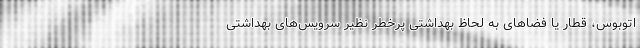
اتوبوس، قطار یا فضاهای به لحاظ بهداشتی پرخطر نظیر سرویس‌های بهداشتی